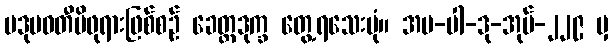
ပဒုမဝတီမိဖုရားဖြစ်စဉ် ခေတ္တဒုက္ခ တွေ့ရသေးပုံ။ အပ-ပါ-ဒု-အုပ်-၂၂၉ မှ